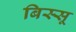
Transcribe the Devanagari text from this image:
बिस्सू